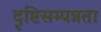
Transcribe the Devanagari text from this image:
दृष्टिसम्पन्नता